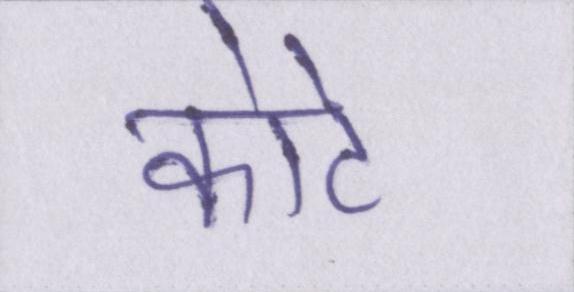
कोटे